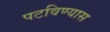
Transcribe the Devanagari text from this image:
पटविण्यास